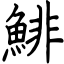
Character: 鯡